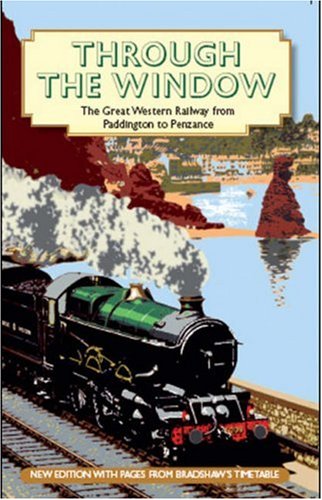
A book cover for Through the Window; Great Western Railway; Travel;